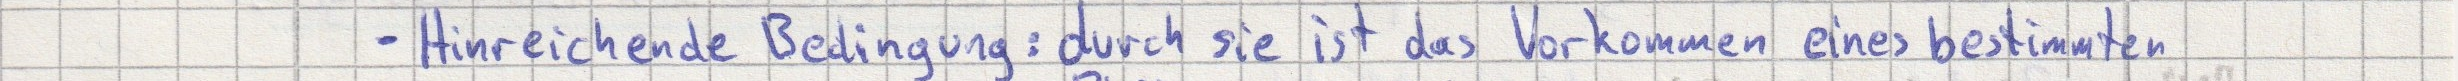
- Hinreichende Bedingung: durch sie ist das Vorkommen eines bestimmten